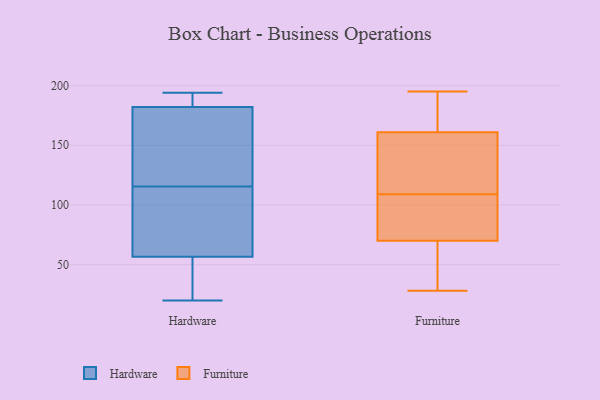
{"axis": {"x": "Operating Costs (USD K)", "y": "Value"}, "legend": ["Furniture", "Hardware"], "data": [{"x": "", "y": 193, "type": "Hardware"}, {"x": "", "y": 194, "type": "Hardware"}, {"x": "", "y": 106, "type": "Hardware"}, {"x": "", "y": 124, "type": "Hardware"}, {"x": "", "y": 49, "type": "Hardware"}, {"x": "", "y": 194, "type": "Hardware"}, {"x": "", "y": 23, "type": "Hardware"}, {"x": "", "y": 63, "type": "Hardware"}, {"x": "", "y": 20, "type": "Hardware"}, {"x": "", "y": 53, "type": "Hardware"}, {"x": "", "y": 137, "type": "Hardware"}, {"x": "", "y": 60, "type": "Hardware"}, {"x": "", "y": 107, "type": "Hardware"}, {"x": "", "y": 192, "type": "Hardware"}, {"x": "", "y": 166, "type": "Hardware"}, {"x": "", "y": 172, "type": "Hardware"}, {"x": "", "y": 192, "type": "Furniture"}, {"x": "", "y": 195, "type": "Furniture"}, {"x": "", "y": 138, "type": "Furniture"}, {"x": "", "y": 183, "type": "Furniture"}, {"x": "", "y": 103, "type": "Furniture"}, {"x": "", "y": 55, "type": "Furniture"}, {"x": "", "y": 94, "type": "Furniture"}, {"x": "", "y": 62, "type": "Furniture"}, {"x": "", "y": 70, "type": "Furniture"}, {"x": "", "y": 114, "type": "Furniture"}, {"x": "", "y": 65, "type": "Furniture"}, {"x": "", "y": 104, "type": "Furniture"}, {"x": "", "y": 115, "type": "Furniture"}, {"x": "", "y": 161, "type": "Furniture"}, {"x": "", "y": 138, "type": "Furniture"}, {"x": "", "y": 82, "type": "Furniture"}, {"x": "", "y": 28, "type": "Furniture"}, {"x": "", "y": 189, "type": "Furniture"}]}